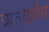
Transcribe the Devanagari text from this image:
ऋतुदर्शन